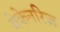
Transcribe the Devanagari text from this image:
बेकेनरिज